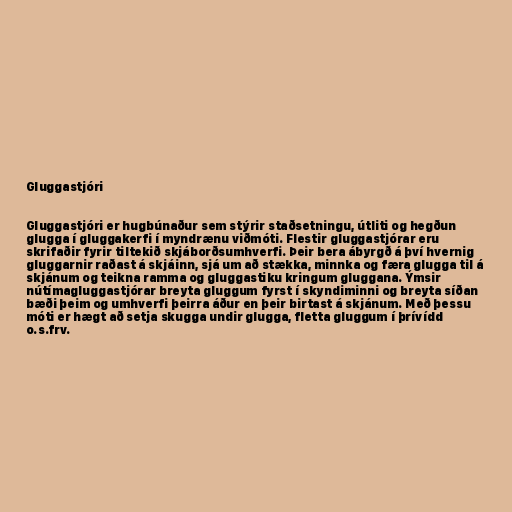
Gluggastjóri

Gluggastjóri er hugbúnaður sem stýrir staðsetningu, útliti og hegðun
glugga í gluggakerfi í myndrænu viðmóti. Flestir gluggastjórar eru
skrifaðir fyrir tiltekið skjáborðsumhverfi. Þeir bera ábyrgð á því hvernig
gluggarnir raðast á skjáinn, sjá um að stækka, minnka og færa glugga til á
skjánum og teikna ramma og gluggastiku kringum gluggana. Ýmsir
nútímagluggastjórar breyta gluggum fyrst í skyndiminni og breyta síðan
bæði þeim og umhverfi þeirra áður en þeir birtast á skjánum. Með þessu
móti er hægt að setja skugga undir glugga, fletta gluggum í þrívídd
o.s.frv.